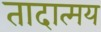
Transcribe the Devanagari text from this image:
तादात्मय